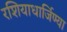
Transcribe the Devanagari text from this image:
रशियाधार्जिण्या